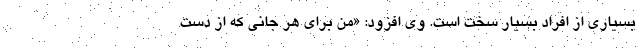
بسیاری از افراد بسیار سخت است. وی افزود: «من برای هر جانی که از دست